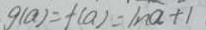
g ( a ) = f ( a ) = / n a + 1